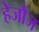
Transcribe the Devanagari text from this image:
हेजौज